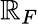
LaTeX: \mathbb{R}_{F}